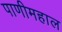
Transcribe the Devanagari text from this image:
पाणीमहाल